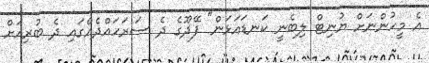
އެ މީހުންނަށް ޔުނިޓް ލިބެނީ ކަނޑައަޅަން" ފޭދޫގެ ދެ ސަރަހައްދެއްގައި ދެ ބުރިއަށް